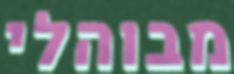
מבוהלי